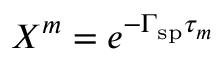
X ^ { m } = e ^ { - \Gamma _ { \mathrm { s p } } \tau _ { m } }